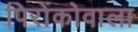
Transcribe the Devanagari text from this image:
पिरोंकोवाला